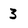
Character: 3